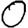
Digit: 0